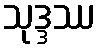
သုဒ္ဒဿ